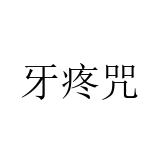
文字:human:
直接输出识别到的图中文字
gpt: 牙疼咒